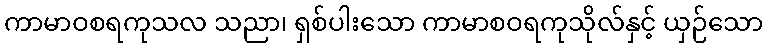
ကာမာဝစရကုသလ သညာ၊ ရှစ်ပါးသော ကာမာစဝရကုသိုလ်နှင့် ယှဉ်သော